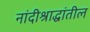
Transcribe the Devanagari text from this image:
नांदीश्राद्धांतील